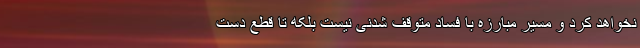
نخواهد کرد و مسیر مبارزه با فساد متوقف شدنی نیست بلکه تا قطع دست